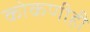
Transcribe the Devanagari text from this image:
कोकणीही